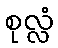
စုလ္လံ